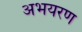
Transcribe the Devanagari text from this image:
अभयरण